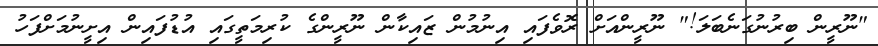
"ނޫރީން ބިރުނުގަނެބަލަ!" ނޫރީންއަށް ރޮވެފައި އިނުމުން ޒައިކާން ނޫރީންގެ ކުރިމަތީގައި އުޑުފައިން އިށީނުމަށްފަހު